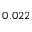
0 . 0 2 2